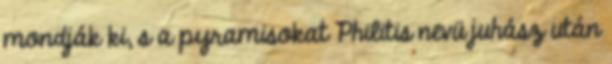
mondják ki, s a pyramisokat Philitis nevü juhász után